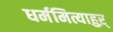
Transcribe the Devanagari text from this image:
धर्ममित्याहुऱ्